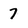
Character: 7